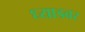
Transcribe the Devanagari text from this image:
ध्याडबर